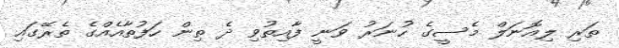
ތަރި ލިއޮނަލް މެސީގެ ހުނަރު ވަނީ ފާއިތުވި ދެ ތިން ހަފުތާއެއްގެ ތެރޭގައި